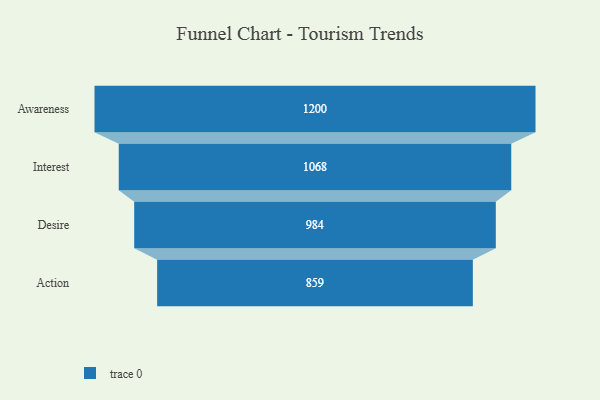
{"axis": {"x": "Stage", "y": "Value"}, "legend": [""], "data": [{"x": "Awareness", "y": 1200.0, "type": ""}, {"x": "Interest", "y": 1068.0, "type": ""}, {"x": "Desire", "y": 984.0, "type": ""}, {"x": "Action", "y": 859.0, "type": ""}]}